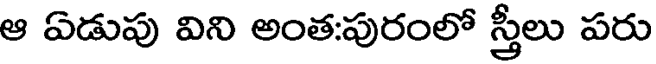
ఆ ఏడుపు విని అంత:పురంలో స్త్రీలు పరు